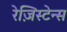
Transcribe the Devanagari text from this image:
रेज़िस्टेन्स